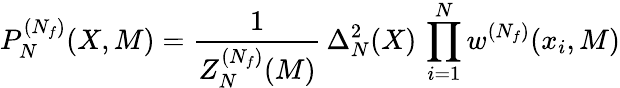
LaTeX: P_{N}^{(N_{f})}(X,M)=\frac{1}{Z_{N}^{(N_{f})}(M)}\, \Delta_{N}^{2}(X)\, \prod_{i=1}^{N}w^{(N_{f})}(x_{i},M)